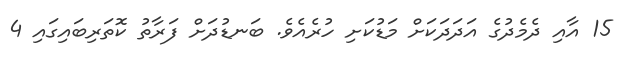
15 އާއި ދެމެދުގެ އަދަދަަކަށް މަޑުކަށި ހުރެއެވެ. ބަނޑުދަށް ފަރާތު ކޮތަރިބައިގައި 4